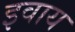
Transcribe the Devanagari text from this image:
इवाय